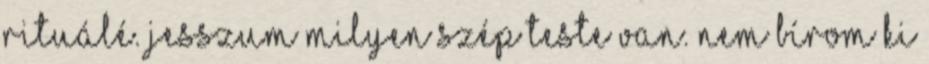
rituálé. Jesszum milyen szép teste van. Nem bírom ki